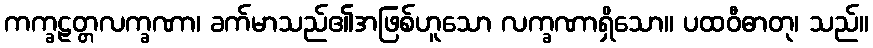
ကက္ခဠတ္တလက္ခဏာ၊ ခက်မာသည်၏အဖြစ်ဟူသော လက္ခဏာရှိသော။ ပထဝီဓာတု၊ သည်။